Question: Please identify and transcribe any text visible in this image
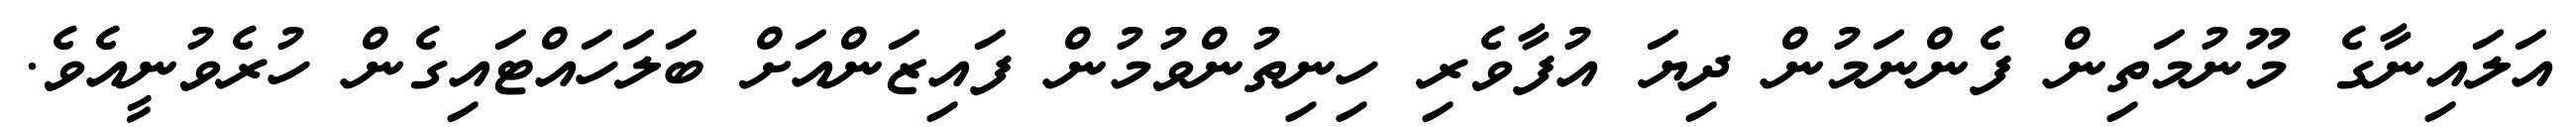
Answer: އަލައިނާގެ މޫނުމަތިން ފެންނަމުން ދިޔަ އުފާވެރި ހިނިތުންވުމުން ފައިޒަންއަށް ބަލަހައްޓައިގެން ހުރެވުނީއެވެ.